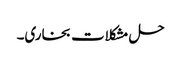
حل مشکلات بخاری۔